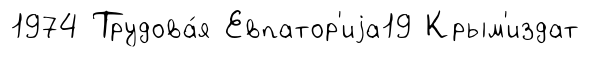
1974 Трудова́я Евпатор'иjа19 Крым'издат